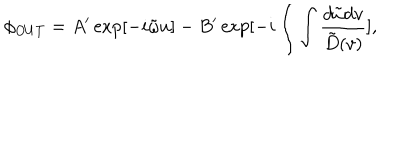
\phi _ { O U T } = A ^ { \prime } \exp [ - i \tilde { \omega } u ] - B ^ { \prime } \exp [ - i \int \int { \frac { d \tilde { \omega } d v } { \tilde { D } ( v ) } } ] ,